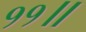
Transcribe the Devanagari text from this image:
११॥